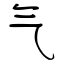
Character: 气